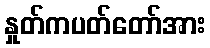
နှုတ်ကပတ်တော်အား